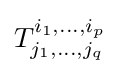
T_{j_{1},\ldots ,j_{q}}^{i_{1},\ldots ,i_{p}}